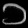
Digit: ၁